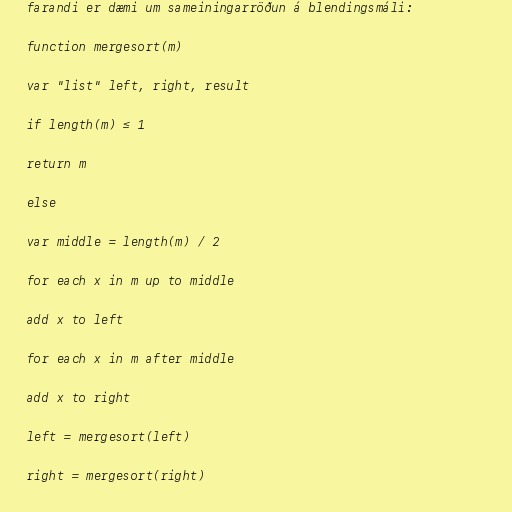
farandi er dæmi um sameiningarröðun á blendingsmáli:

function mergesort(m)

var "list" left, right, result

if length(m) ≤ 1

return m

else

var middle = length(m) / 2

for each x in m up to middle

add x to left

for each x in m after middle

add x to right

left = mergesort(left)

right = mergesort(right)